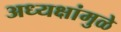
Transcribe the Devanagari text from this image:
अध्यक्षांमुळे